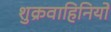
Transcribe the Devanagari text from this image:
शुक्रवाहिनियों